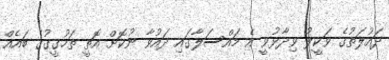
ދައުލަތުގެ ވަކީލު ވިދާޅުވީ އެ މައްސަލާގައި ދައުވާ ނުކޮށް އޮތީ ތަހުގީގުގެ ބައެއް